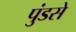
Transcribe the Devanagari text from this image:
पुंडसे